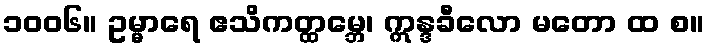
၁၀၀၆။ ဥမ္မာရေ ဧသိကတ္ထမ္ဘေ၊ ဣန္ဒခီလော မတော ထ စ။